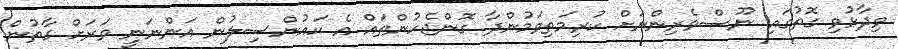
ވިދާޅުވި ގޮތުގައި ނޫސްވެރިންނަށް ކުރިމަތިވަމުންދާ ގޮންޖެހުންތައް އެ ކައުންސިލުން އަންނަނީ ވަރަށް ގާތުން